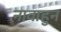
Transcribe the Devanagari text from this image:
नावाहुन